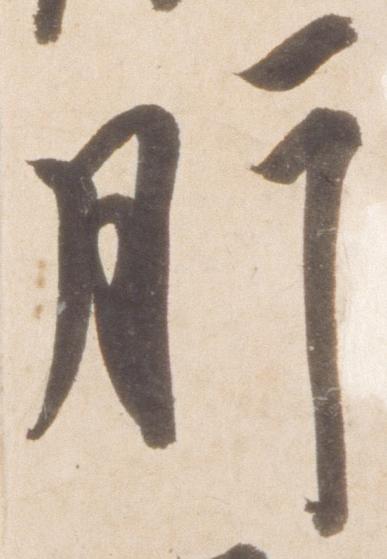
肝